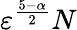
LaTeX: {\varepsilon}^{\frac{5-\alpha}{2}}N